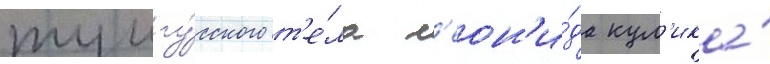
тунгу́сского т'е́ла л'еон'и́да кул'ика́